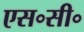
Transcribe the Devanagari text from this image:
एस॰सी॰